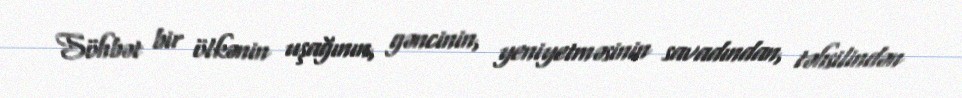
Söhbət bir ölkənin uşağının, gəncinin, yeniyetməsinin savadından, təhsilindən